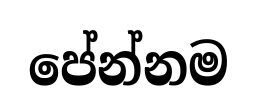
පේන්නම